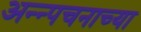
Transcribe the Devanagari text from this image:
अन्न्पचनाच्या